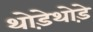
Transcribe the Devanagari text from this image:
थोडे़थोड़े